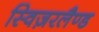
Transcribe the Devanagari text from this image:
स्विज़रलैण्ड